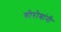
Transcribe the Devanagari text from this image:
गोरोबांनी